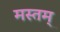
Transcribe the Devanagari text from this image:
मस्तम्